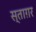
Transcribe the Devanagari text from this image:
स्ताग़र